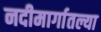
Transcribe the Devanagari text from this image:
नदीमार्गातल्या